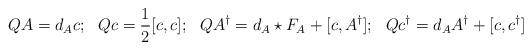
LaTeX: \begin{align*}QA = d_Ac;\ \ Qc=\frac12[c,c];\ \ Q A^\dag = d_A\star F_A + [c,A^\dag]; \ \ Qc^\dag = d_AA^\dag + [c,c^\dag]\end{align*}